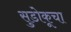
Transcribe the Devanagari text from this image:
सुडोकूचा